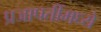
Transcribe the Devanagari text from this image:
प्रजापतींमध्ये